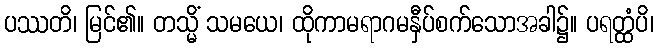
ပဿတိ၊ မြင်၏။ တသ္မိံ သမယေ၊ ထိုကာမရာဂမနှီပ်စက်သောအခါ၌။ ပရတ္ထံပိ၊